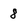
Character: 8